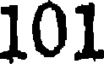
101